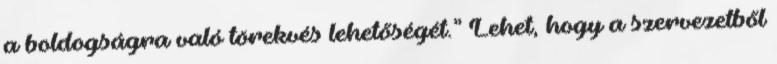
a boldogságra való törekvés lehetőségét.” Lehet, hogy a szervezetből